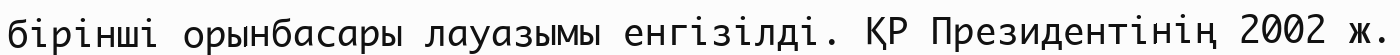
бірінші орынбасары лауазымы енгізілді. ҚР Президентінің 2002 ж.